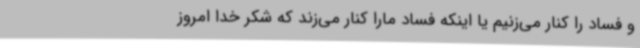
و فساد را کنار می‌زنیم یا اینکه فساد مارا کنار می‌زند که شکر خدا امروز